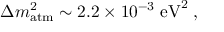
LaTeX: \Delta m _ { \mathrm { a t m } } ^ { 2 } \sim 2 . 2 \times 1 0 ^ { - 3 } \; \mathrm { e V } ^ { 2 } \; ,